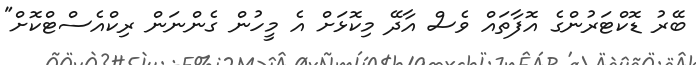
ބޭރު ޑޮކްޓަރުންގެ އޮފާތައް ވެސް އާދޭ މިކޮޅަށް އެ މީހުން ގެންނަން ރިކްއެސްޓްކޮށް"